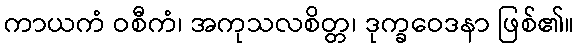
ကာယကံ ဝစီကံ၊ အကုသလစိတ္တ၊ ဒုက္ခဝေဒနာ ဖြစ်၏။